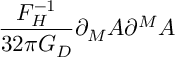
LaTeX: \frac { F _ { H } ^ { - 1 } } { 3 2 \pi G _ { D } } \partial _ { M } A \partial ^ { M } A